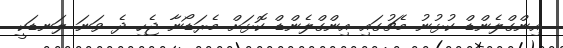
އިންގްލެންޑް ކުޅުނު މެޗުގައި އިންގްލެންޑް ކޮޅަށް މެރަޑޯނާ ޖެހި ދެ ވަނަ ލަނޑަކީ